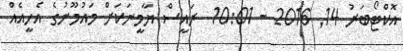
އޮކްޓޯބަރު 14